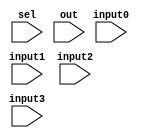
module Mux4 #(parameter bits = 32) (input[bits-1:0] input0,  // input1
                                    input[bits-1:0] input1,  // input2
                                    input[bits-1:0] input2,  // input3 
                                    input[bits-1:0] input3,  // input4 
                                    input[1:0] sel,      // selector
                                    input[bits-1:0] out);    // bits 
    
    wire[bits-1:0] temp0, temp1;
    assign temp0 = sel[1] ? input2 : input0;
    assign temp1 = sel[1] ? input3 : input1;
    assign out = sel[0] ? temp1 : temp0;

endmodule